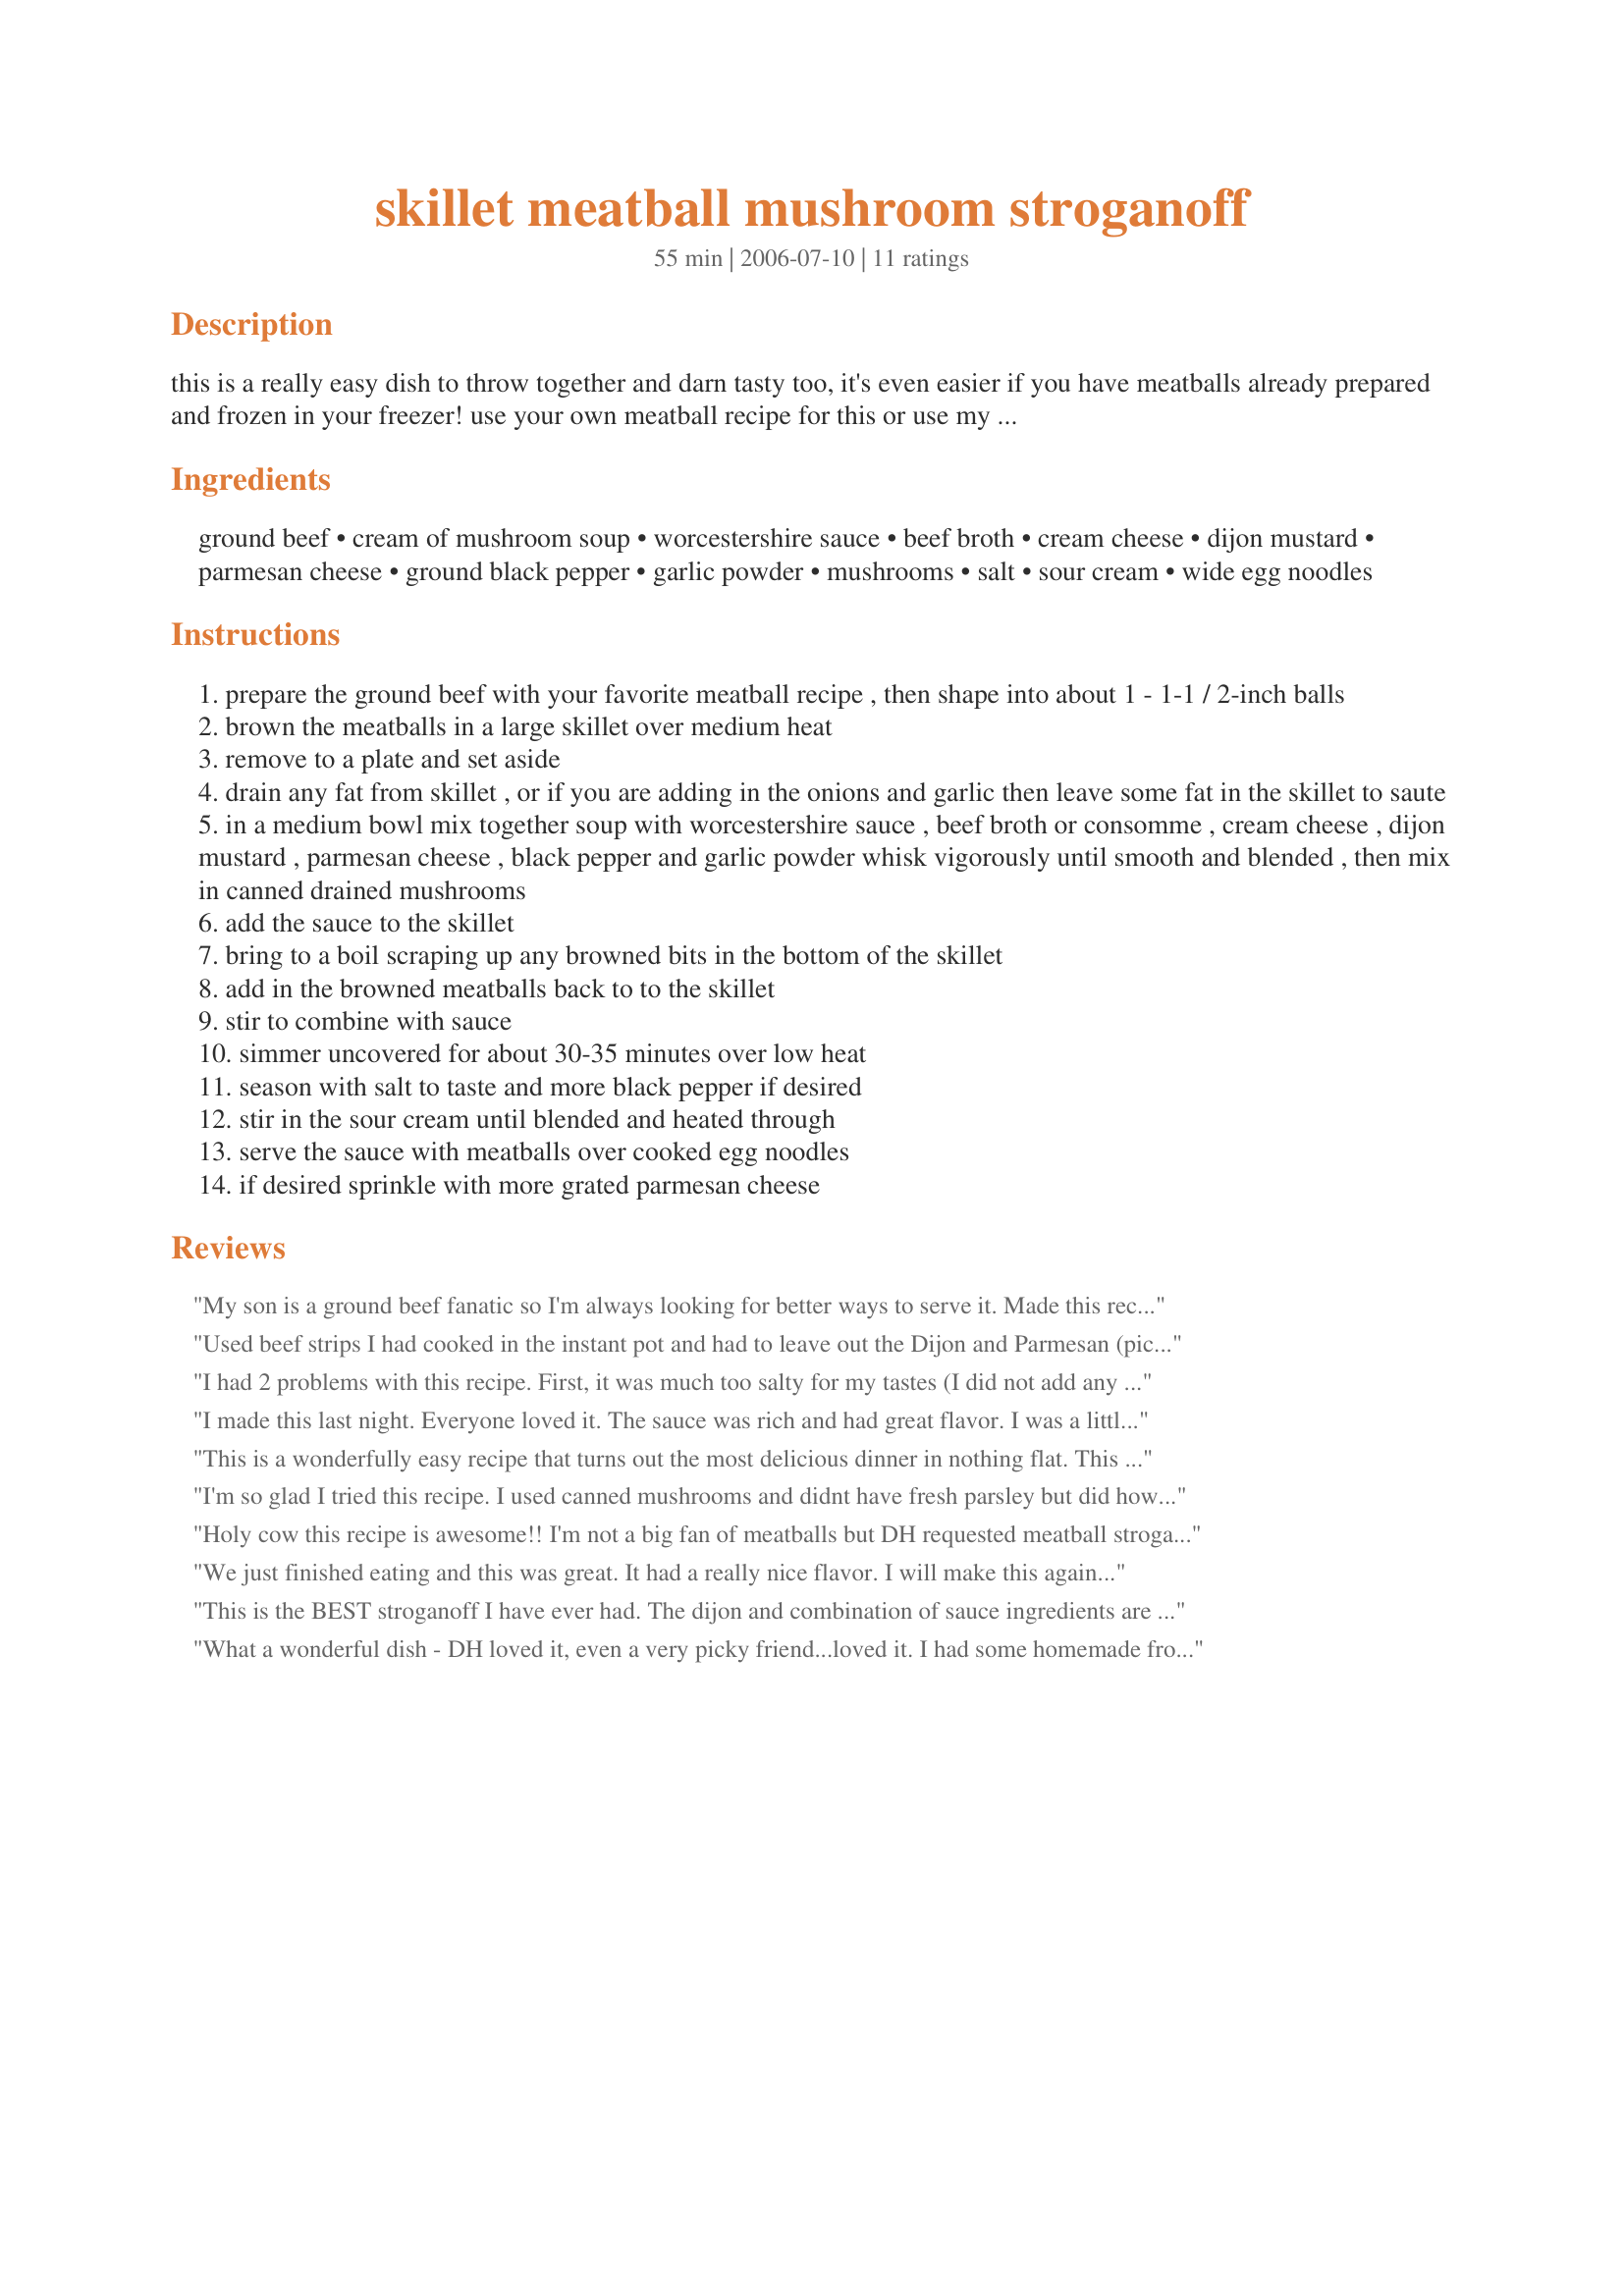
skillet meatball mushroom stroganoff
Preparation time: 55 minutes

this is a really easy dish to throw together and darn tasty too, it's even easier if you have meatballs already prepared and frozen in your freezer! use your own meatball recipe for this or use my recipe #69173! i like to saute a medium finely chopped onion and a couple tablespoons of fresh minced garlic after browning the meatballs, and then add in all the sauce --- i also add in some hot sauce or cayenne pepper, the onion, garlic and cayenne is optional --- all amounts may be adjusted to taste :)

Ingredients:
ground beef, cream of mushroom soup, worcestershire sauce, beef broth, cream cheese, dijon mustard, parmesan cheese, ground black pepper, garlic powder, mushrooms, salt, sour cream, wide egg noodles

Steps:
prepare the ground beef with your favorite meatball recipe , then shape into about 1 - 1-1 / 2-inch balls
brown the meatballs in a large skillet over medium heat
remove to a plate and set aside
drain any fat from skillet , or if you are adding in the onions and garlic then leave some fat in the skillet to saute
in a medium bowl mix together soup with worcestershire sauce , beef broth or consomme , cream cheese , dijon mustard , parmesan cheese , black pepper and garlic powder whisk vigorously until smooth and blended , then mix in canned drained mushrooms
add the sauce to the skillet
bring to a boil scraping up any browned bits in the bottom of the skillet
add in the browned meatballs back to to the skillet
stir to combine with sauce
simmer uncovered for about 30-35 minutes over low heat
season with salt to taste and more black pepper if desired
stir in the sour cream until blended and heated through
serve the sauce with meatballs over cooked egg noodles
if desired sprinkle with more grated parmesan cheese

Reviews:
My son is a ground beef fanatic so I'm always looking for better ways to serve it. Made this recipe with frozen swedish meatballs and it was a huge hit. Also great on rice!
Used beef strips I had cooked in the instant pot and had to leave out the Dijon and Parmesan (picky husband) and it was still delicious. No doubt would have been even better if I could have added last two ingredients
I had 2 problems with this recipe. First, it was much too salty for my tastes (I did not add any salt "to taste" or use extra parmeson on top). I used consomme' and would suggest using a low sodium beef broth instead. Second, I used store-bought frozen meatballs and just heated them through in the sauce. I didn't like the texture of the meatballs (soft and a bit mushy), so next time would pan-fry or broil them first to get a bit of a "crunch" on the outside first before adding to the sauce. The kids enjoyed it, so will probably make this again.
I made this last night. Everyone loved it. The sauce was rich and had great flavor. I was a little concerned about adding cream cheese but it added richness to the sauce. I used recipe #182907 for the meatballs. I did add onions and garlic. I will be making this again. Thanks for a great recipe!
This is a wonderfully easy recipe that turns out the most delicious dinner in nothing flat. This Kittencal lady knows her stuff. Please do try it. Perfect just as written.
I'm so glad I tried this recipe. I used canned mushrooms and didnt have fresh parsley but did however put some dried parsley flakes in. It was creamy and delicious will definately make this one again.
Holy cow this recipe is awesome!! I'm not a big fan of meatballs but DH requested meatball stroganoff so I thought I'd give it a whirl. This dish was wonderful. Easy, creamy and downright YUMMY. I used frozen meatballs which made this go together in nothing flat. This is most definately a keeper. Give it a try...you won't be disappointed. Thanks Kittencal.
We just finished eating and this was great. It had a really nice flavor. I will make this again and add some fresh parsley.
This is the BEST stroganoff I have ever had. The dijon and combination of sauce ingredients are awesome. I have to admit I did not use meatballs. Instead I just used ground beef. My sauce was pretty thick so I added more broth. This is the second time I've made it, and I love it. I highly recommend this recipe, and its easy to put togerther as well.
What a wonderful dish - DH loved it, even a very picky friend...loved it. I had some homemade frozen meatballs that I used. I also had some baby sliced portabella mushrooms that I used in place of the canned mushrooms. This was a big hit! Will be making this again.
Another fabulously delicious KITTENCAL recipe which we thoroughly enjoyed! I used KITTENCAL's Recipe #69173, which we love; I used fresh sliced mushrooms and I added 1 chopped onion and 3 cloves of minced garlic (all of which I sauteed briefly with some thyme until the onion had just softened), and I used some of my Recipe #135453 instead of beef consomme. I also used reduced fat cream cheese and sour cream without - I believe - compromising either flavour or creaminess. A super-star recipe made for Zaar Stars Tag!
